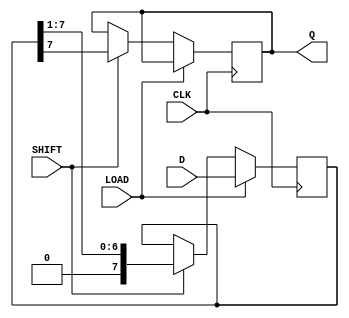
module Dynamic_PISO_Register (
    input wire [n-1:0] D,    // Parallel data input (n-bit data)
    input wire LOAD,          // Load signal
    input wire SHIFT,         // Shift signal
    input wire CLK,           // Clock signal
    output reg Q              // Serial output
);
    parameter n = 8; // Adjust the size of the register as needed

    reg [n-1:0] shift_reg; // Shift register to hold the data

    always @(posedge CLK) begin
        if (LOAD) begin
            // Load data from parallel inputs when LOAD is high
            shift_reg <= D;
        end else if (SHIFT) begin
            // Shift data serially when SHIFT is high
            Q <= shift_reg[n-1]; // Output the MSB
            shift_reg <= {1'b0, shift_reg[n-1:1]}; // Shift left
        end
    end
endmodule